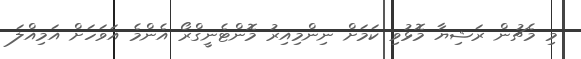
މި މެޗުން ރަޝިޔާ މޮޅުވި ކަމަށް ނިންމިއިރު މޮންޓެނީގްރޯ އެންމެ އަވަހަށް އަމިއްލަ